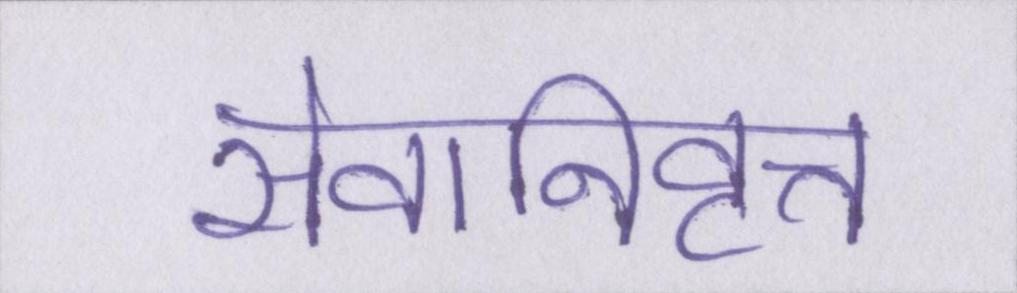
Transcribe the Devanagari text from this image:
सेवानिवृत्त